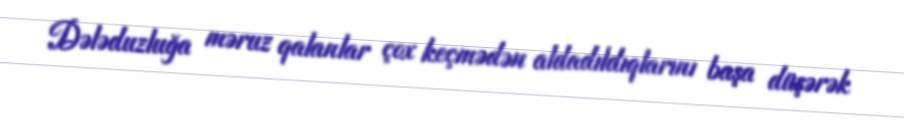
Dələduzluğa məruz qalanlar çox keçmədən aldadıldıqlarını başa düşərək